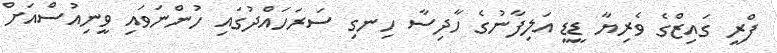
ފްރީ ގައިޒްގެ ވެރިޔާ ޑީޑީ އަލިފާނުގެ ހާދިސާ ހިނގި ސަރަހައްދުގައި ހުންނަވައި ވީނިއުސްއަށް